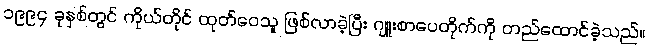
၁၉၉၄ ခုနှစ်တွင် ကိုယ်တိုင် ထုတ်ဝေသူ ဖြစ်လာခဲ့ပြီး ဂျူးစာပေတိုက်ကို တည်ထောင်ခဲ့သည်။